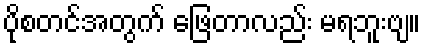
ပိုစတင်အတွက် ဖြေတာလည်း မရဘူးဗျ။